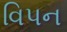
વિપન